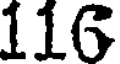
116